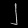
Digit: ၂